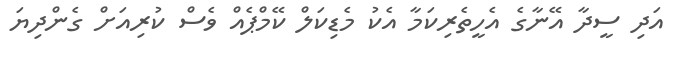
އަދި ސީދާ އޭނާގެ އެހީތެރިކަމާ އެކު މެޑިކަލް ކޭމްޕެއް ވެސް ކުރިއަށް ގެންދިޔަ